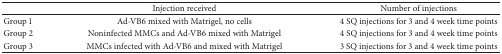
|  | Injection received | Number of injections |
 | --- | --- | --- |
 | Group 1 | Ad-VB6 mixed with Matrigel, no cells | 4 SQ injections for 3 and 4 week time points |
 | Group 2 | Noninfected MMCs and Ad-VB6 mixed with Matrigel | 4 SQ injections for 3 and 4 week time points |
 | Group 3 | MMCs infected with Ad-VB6 and mixed with Matrigel | 3 SQ injections for 3 and 4 week time points |